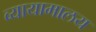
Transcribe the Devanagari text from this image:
व्यायामालय